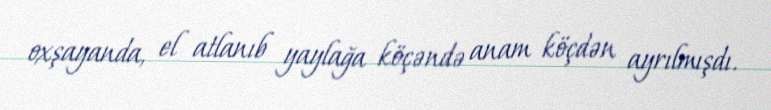
oxşayanda, el atlanıb yaylağa köçəndə anam köçdən ayrılmışdı.